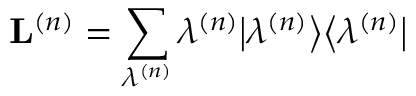
\mathbf { L } ^ { \left( n \right) } = \sum _ { \lambda ^ { \left( n \right) } } \lambda ^ { \left( n \right) } \big \vert \lambda ^ { \left( n \right) } \big \rangle \big \langle \lambda ^ { \left( n \right) } \big \vert